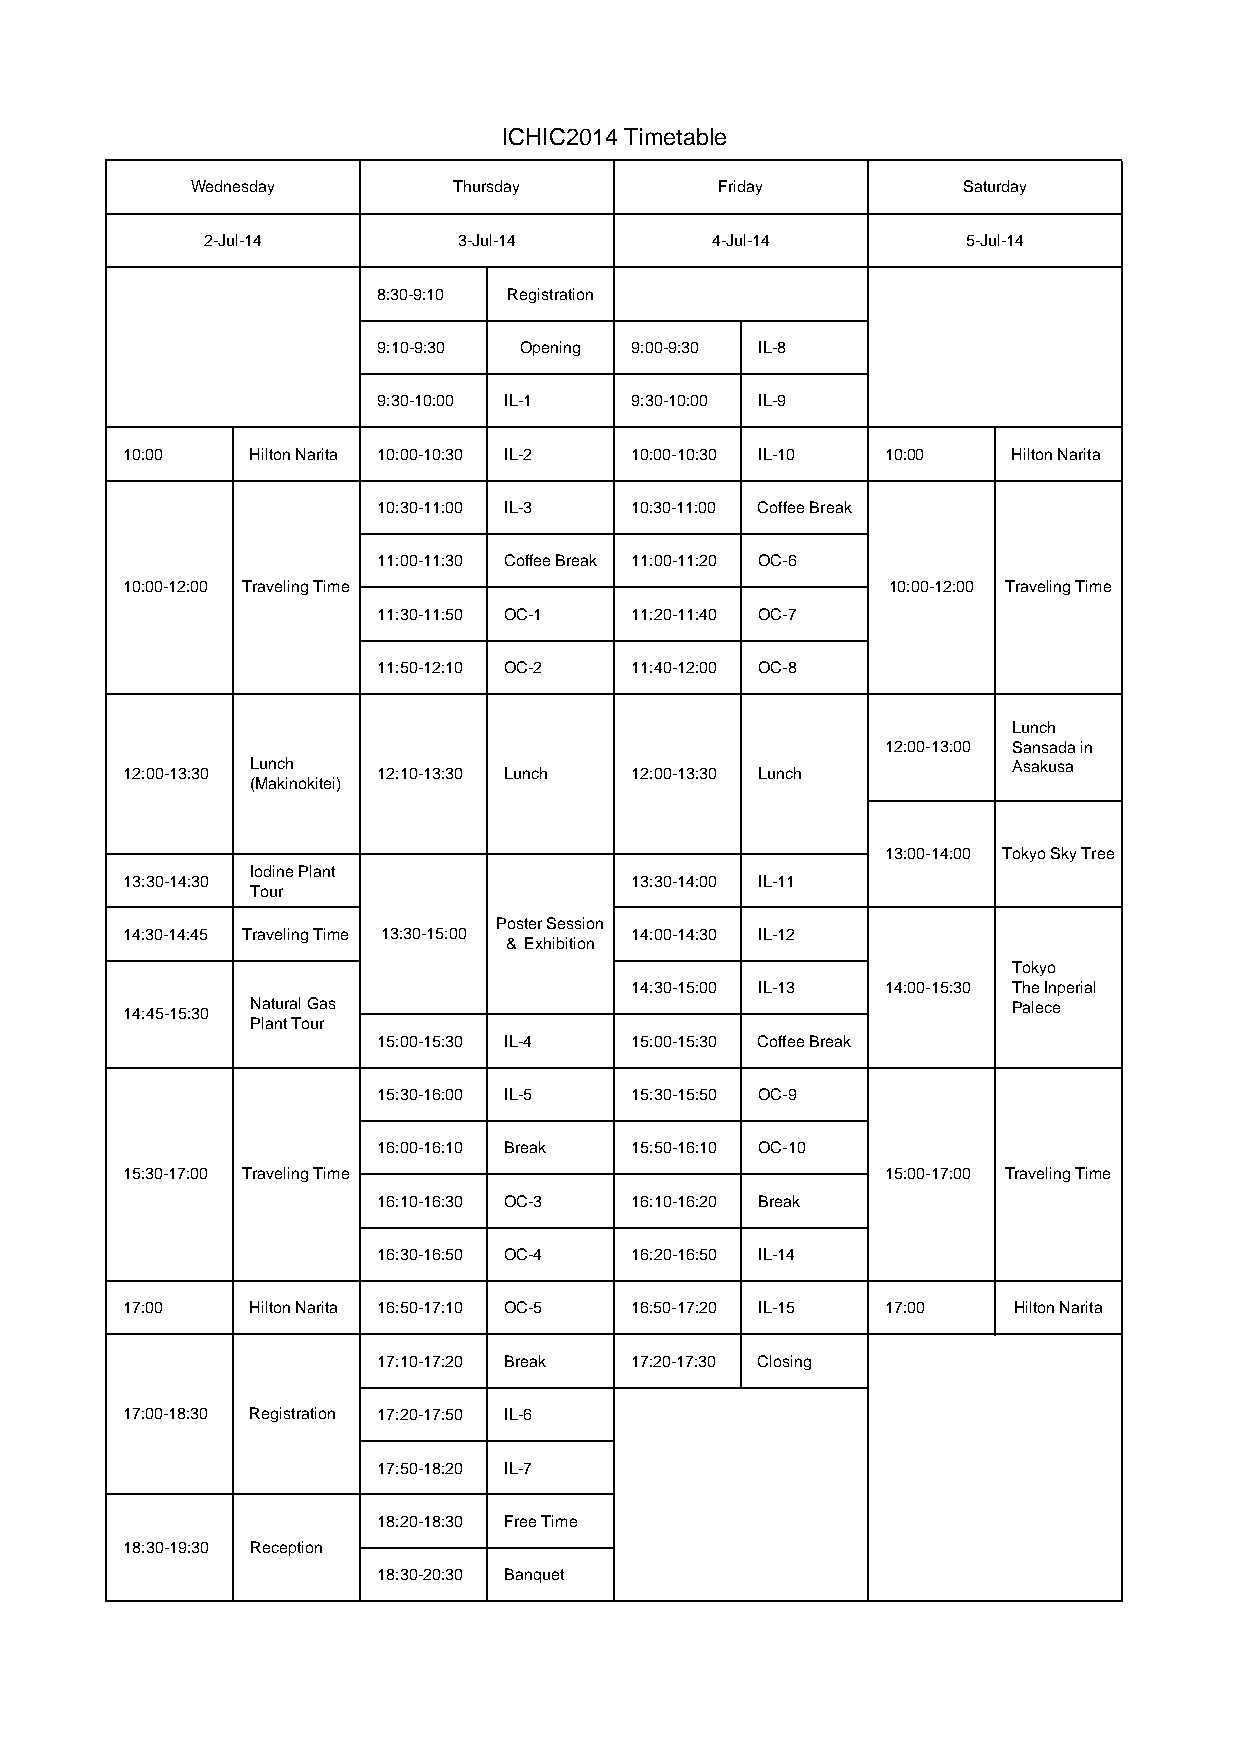
ICHIC2014 Timetable
 Wednesday        Thursday          Friday          Saturday
 2-Jul-14        3-Jul-14         4-Jul-14         5-Jul-14
 8:30-9:10 Registration
 9:10-9:30 Opening 9:00-9:30 IL-8
 9:30-10:00 IL-1  9:30-10:00 IL-9
 10:00    Hilton Narita 10:00-10:30 IL-2 10:00-10:30 IL-10 10:00 Hilton Narita
 10:30-11:00 IL-3 10:30-11:00 Coffee Break
 11:00-11:30 Coffee Break 11:00-11:20 OC-6
 10:00-12:00 Traveling Time                         10:00-12:00 Traveling Time
 11:30-11:50 OC-1 11:20-11:40 OC-7
 11:50-12:10 OC-2 11:40-12:00 OC-8
 Lunch
 12:00-13:00 Sansada in
 Lunch                                             Asakusa
 12:00-13:30      12:10-13:30 Lunch 12:00-13:30 Lunch
 (Makinokitei)
 13:00-14:00 Tokyo Sky Tree
 Iodine Plant
 13:30-14:30                       13:30-14:00 IL-11
 Tour
 Poster Session
 14:30-14:45 Traveling Time 13:30-15:00 14:00-14:30 IL-12
 & Exhibition
 Tokyo
 14:30-15:00 IL-13 14:00-15:30 The Inperial
 Natural Gas                                       Palece
 14:45-15:30
 Plant Tour
 15:00-15:30 IL-4 15:00-15:30 Coffee Break
 15:30-16:00 IL-5 15:30-15:50 OC-9
 16:00-16:10 Break 15:50-16:10 OC-10
 15:30-17:00 Traveling Time                         15:00-17:00 Traveling Time
 16:10-16:30 OC-3 16:10-16:20 Break
 16:30-16:50 OC-4 16:20-16:50 IL-14
 17:00    Hilton Narita 16:50-17:10 OC-5 16:50-17:20 IL-15 17:00 Hilton Narita
 17:10-17:20 Break 17:20-17:30 Closing
 17:00-18:30 Registration 17:20-17:50 IL-6
 17:50-18:20 IL-7
 18:20-18:30 Free Time
 18:30-19:30 Reception
 18:30-20:30 Banquet